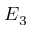
E _ { 3 }